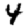
Digit: 4